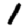
Digit: 1